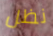
نظل